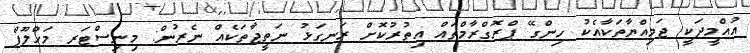
އުއްމީދަކީ ޖަމިއްޔާތަކާއެކު ހިންގޭ ޕްރޮގްރާމްތައް އިތުރުކޮށް ރަނގަޅު ނަތީޖާތަކެއް ނެރުން: މިނިސްޓަރ މަހްލޫފް